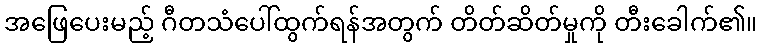
အဖြေပေးမည့် ဂီတသံပေါ်ထွက်ရန်အတွက် တိတ်ဆိတ်မှုကို တီးခေါက်၏။